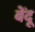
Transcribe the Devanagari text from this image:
बेंदू